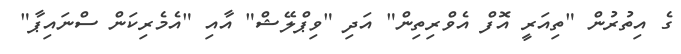
ގެ އިތުރުން "ތިއަރީ އޮފް އެވްރިތިން" އަދި "ވިޕްލޭޝް" އާއި "އެމެރިކަން ސްނައިޕާ"